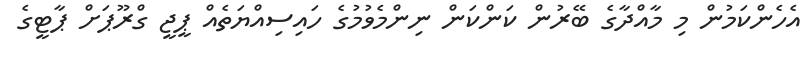
އެހެންކަމުން މި މާއްދާގެ ބޭރުން ކަންކަން ނިންމެވުމުގެ ހައިސިއްޔަތެއް ޕީޖީ ގްރޫޕަށް ޕާޓީގެ